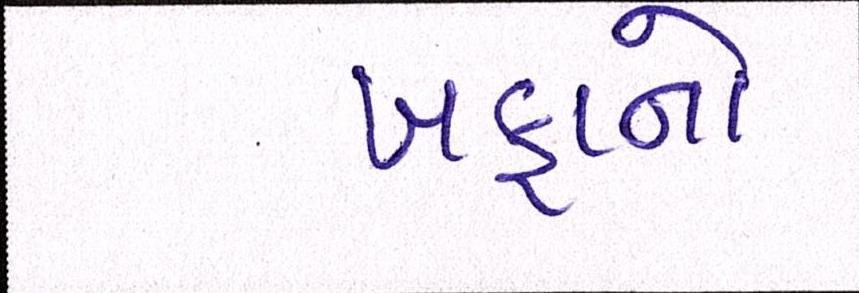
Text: ખફાનો